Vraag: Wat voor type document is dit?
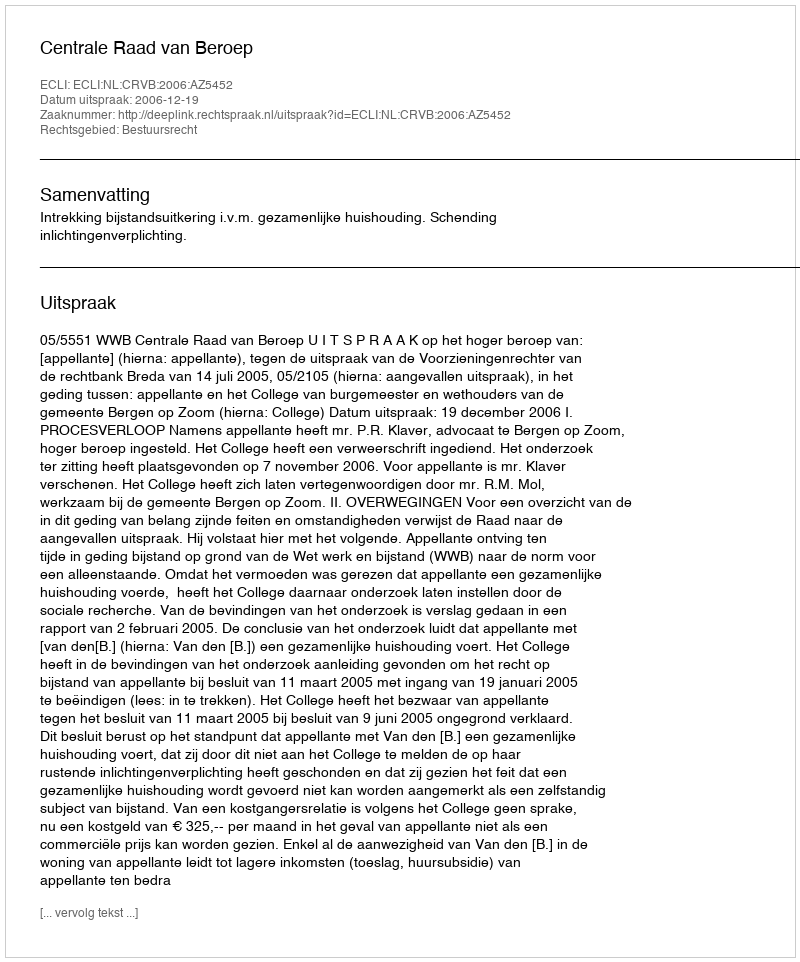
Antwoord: Uitspraak